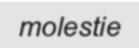
molestie